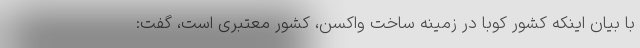
با بیان اینکه کشور کوبا در زمینه ساخت واکسن، کشور معتبری است، گفت: